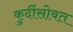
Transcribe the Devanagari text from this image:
कुर्दीसोबत